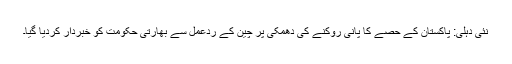
نئی دہلی: پاکستان کے حصے کا پانی روکنے کی دھمکی پر چین کے ردعمل سے بھارتی حکومت کو خبردار کردیا گیا۔